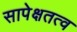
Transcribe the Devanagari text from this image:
सापेक्षतत्व